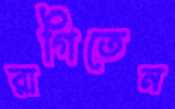
রাগিতেন